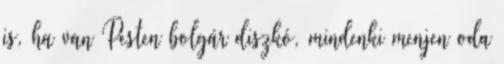
is, ha van Pesten bolgár diszkó, mindenki menjen oda